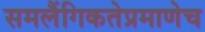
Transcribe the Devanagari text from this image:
समलैंगिकतेप्रमाणेच